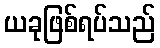
ယခုဖြစ်ရပ်သည်